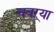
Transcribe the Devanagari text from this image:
चवऱ्या